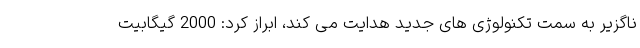
ناگزیر به سمت تکنولوژی های جدید هدایت می کند، ابراز کرد: 2000 گیگابیت